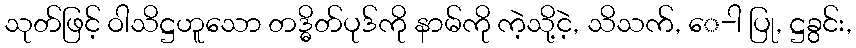
သုတ်ဖြင့် ဝါသိဋ္ဌဟူသော တဒ္ဓိတ်ပုဒ်ကို နာမ်ကို ကဲ့သို့ငဲ့, သိသက်, ေ-ါ ပြု, ဋ္ဌခွင်း,